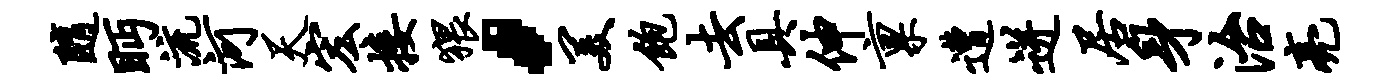
随眄流河天宏接猥，美饱去具伸禀遭迸居身治亮